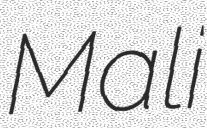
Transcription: Mali